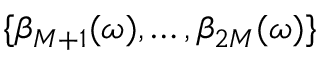
\{ \beta _ { M + 1 } ( \omega ) , \dots , \beta _ { 2 M } ( \omega ) \}